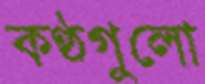
কণ্ঠগুলো